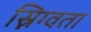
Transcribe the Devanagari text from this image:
स्निग्वता